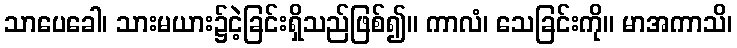
သာပေခေါ၊ သားမယား၌ငဲ့ခြင်းရှိသည်ဖြစ်၍။ ကာလံ၊ သေခြင်းကို။ မာအကာသိ၊